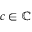
c \in \mathbb { C }